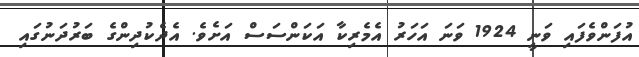
އުފަންވެފައި ވަނީ 1924 ވަނަ އަހަރު އެމެރިކާ އަކަންސަސް އަށެވެ. އެދެކުދިންގެ ބަރުދަނުގައި